Lunatic asylums Madras 1892-1911 - 1892-1911
Year: 1892
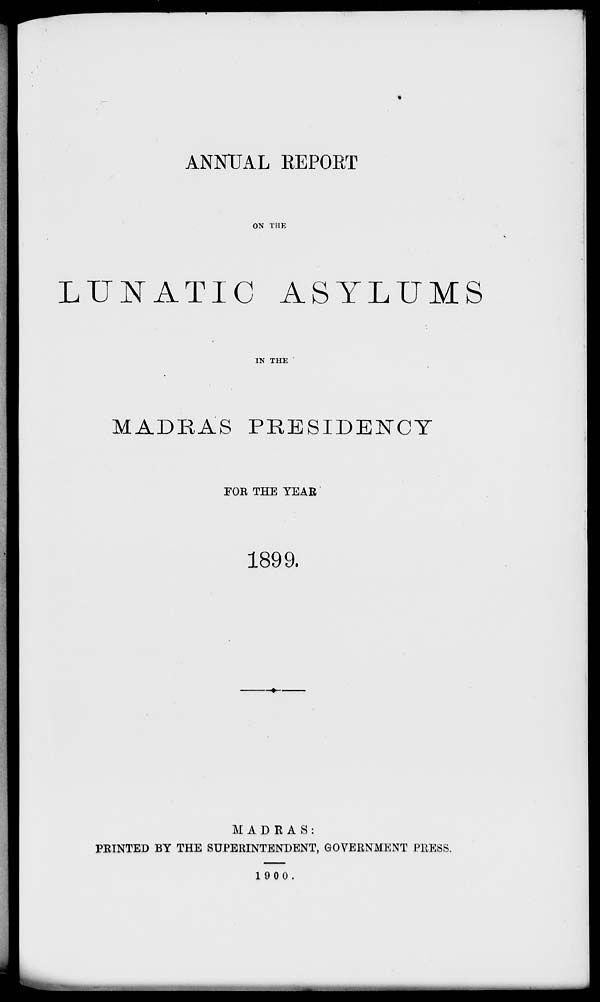
ANNUAL REPORT
ON THE
LUNATIC ASYLUMS
IN THE
MADRAS PRESIDENCY
FOR THE YEAR
1899.
MADRAS:
PEINTED BY THE SUPERINTENDENT, GOVERNMENT PRESS.
1900.